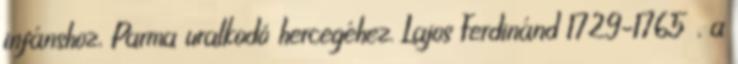
infánshoz, Parma uralkodó hercegéhez. Lajos Ferdinánd 1729–1765 , a